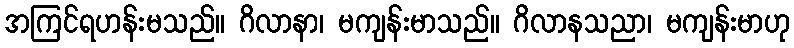
အကြင်ရဟန်းမသည်။ ဂိလာနာ၊ မကျန်းမာသည်။ ဂိလာနသညာ၊ မကျန်းမာဟု